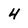
Character: 4